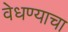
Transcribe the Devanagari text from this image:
वेधण्याचा